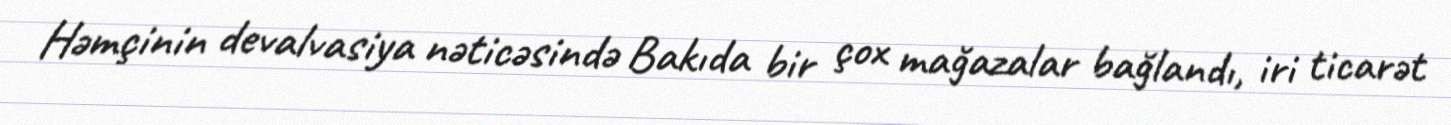
Həmçinin devalvasiya nəticəsində Bakıda bir çox mağazalar bağlandı, iri ticarət